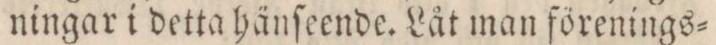
ningar i detta hänſeende. Låt man förenings=